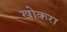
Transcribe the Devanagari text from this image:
खोकरा